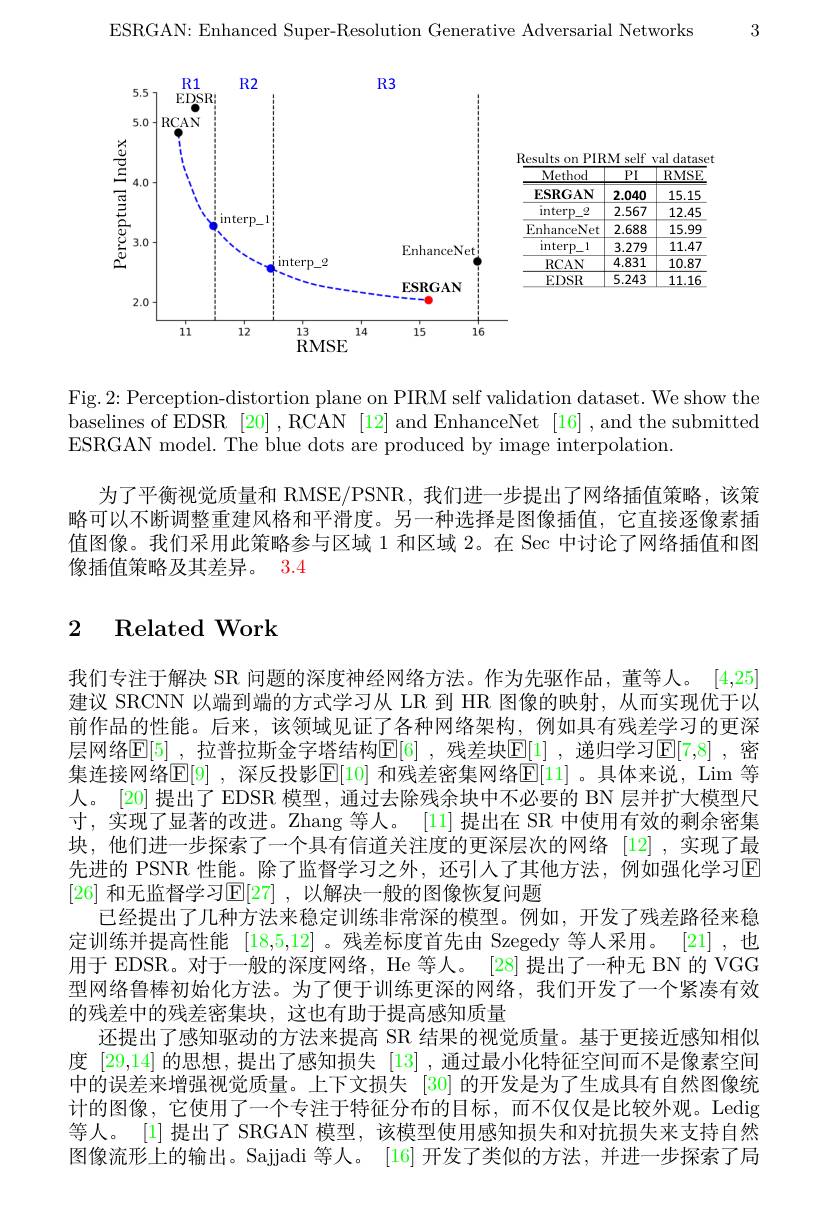
ESRGAN: Enhanced Super-Resolution Generative Adversarial Networks

3

<FigureHere>

Fig. 2: Perception-distortion plane on PIRM self validation dataset. We show the baselines of EDSR [20] ,RCAN [12] and EnhanceNet [16] , and the submitted ESRGAN model. The blue dots are produced by image interpolation.
为了平衡视觉质量和 RMSE/PSNR, 我们进一步提出了网络插值策略，该策略可以不断调整重建风格和平滑度。另一种选择是图像插值，它直接逐像素插值图像。我们采用此策略参与区域 1 和区域 2。在 Sec 中讨论了网络插值和图像插值策略及其差异。3.4

## 2 Related Work

我们专注于解决 SR 问题的深度神经网络方法。作为先驱作品，董等人。[4,25] 建议 SRCNN 以端到端的方式学习从 LR 到 HR 图像的映射，从而实现优于以前作品的性能。后来，该领域见证了各种网络架构，例如具有残差学习的更深层网络$\mathbb{E}[5]$ ,拉普拉斯金字塔结构E[6] ,残差块E[1] ,递归学习E[7,8] ,密集连接网络$\mathbb{E}[9]$ ,深反投影$\mathbb{E}[10]$ 和残差密集网络$\mathbb{E}[11]$ 。具体来说，Lim 等人。[20] 提出了 EDSR 模型，通过去除残余块中不必要的 BN 层并扩大模型尺寸，实现了显著的改进。Zhang 等人。[11] 提出在 SR 中使用有效的剩余密集块，他们进一步探索了一个具有信道关注度的更深层次的网络 [12],实现了最先进的 PSNR 性能。除了监督学习之外，还引人了其他方法，例如强化学习回[26] 和无监督学习$\mathbb{E}[27]$ ,以解决一般的图像恢复问题
已经提出了几种方法来稳定训练非常深的模型。例如，开发了残差路径来稳定训练并提高性能 [18,5,12] 。残差标度首先由 Szegedy 等人采用。[21] ,也用于 EDSR。对于一般的深度网络，He 等人。[28] 提出了一种无 BN 的 VGG 型网络鲁棒初始化方法。为了便于训练更深的网络，我们开发了一个紧凑有效的残差中的残差密集块，这也有助于提高感知质量
还提出了感知驱动的方法来提高 SR 结果的视觉质量。基于更接近感知相似度 [29,14] 的思想，提出了感知损失 [13] ,通过最小化特征空间而不是像素空间中的误差来增强视觉质量。上下文损失 [30] 的开发是为了生成具有自然图像统计的图像，它使用了一个专注于特征分布的目标，而不仅仅是比较外观。Ledig 等人。[1] 提出了 SRGAN 模型，该模型使用感知损失和对抗损失来支持自然图像流形上的输出。Sajjadi 等人。[16] 开发了类似的方法，并进一步探索了局